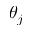
\theta _ { j }